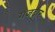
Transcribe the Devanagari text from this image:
गंजदार